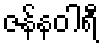
ဇန်နဝါရီ